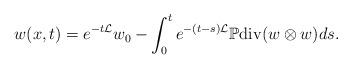
LaTeX: \begin{align*}w(x,t)=e^{-t\mathcal{L}}w_{0}-\int^{t}_{0}e^{-(t-s)\mathcal{L}}\mathbb{P}\mathrm{div}(w\otimes w)ds.\end{align*}